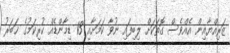
ޒަރިއްޔާއިން އެއްވެސް ގޮތަކަށް ލިބިފައި ނުވާ ކަމަށާއި 13 ޑިމާންޑެއް ކުރިކަމުގެ ޚަބަރު